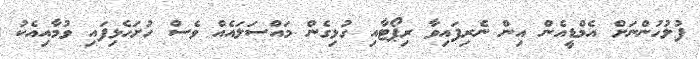
ފުލުހުންނަށް އެމްޑީއެން އިން ނެރިފައިވާ ރިޕޯޓާއި ގުޅިގެން މައްސަލައެއް ވެސް ހުށަހެޅިފައި ވުމާއިއެކު